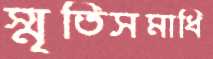
স্মৃতিসমাধি